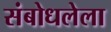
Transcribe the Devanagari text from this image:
संबोधलेला